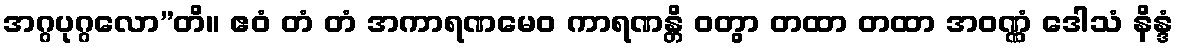
အဂ္ဂပုဂ္ဂလော”တိ။ ဧဝံ တံ တံ အကာရဏမေဝ ကာရဏန္တိ ဝတွာ တထာ တထာ အဝဏ္ဏံ ဒေါသံ နိန္ဒံ